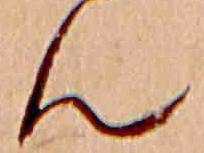
ん